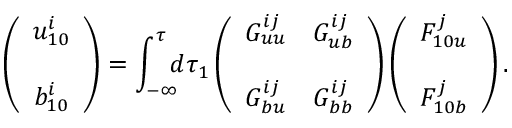
\left( { \begin{array} { c } { u _ { 1 0 } ^ { i } } \\ { b _ { 1 0 } ^ { i } \rule { 0 ex } { 5 ex } } \end{array} } \right) = \int _ { - \infty } ^ { \tau } \! \! \! d \tau _ { 1 } \left( { \begin{array} { c c } { G _ { u u } ^ { i j } } & { G _ { u b } ^ { i j } } \\ { G _ { b u } ^ { i j } } & { G _ { b b } ^ { i j } \rule { 0 ex } { 5 ex } } \end{array} } \right) \left( { \begin{array} { c } { F _ { 1 0 u } ^ { j } } \\ { F _ { 1 0 b } ^ { j } \rule { 0 ex } { 5 ex } } \end{array} } \right) .